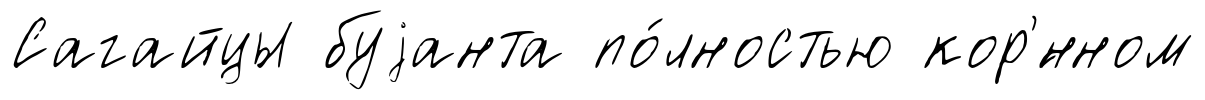
Сагайцы буjанта по́лностью кор'́нном